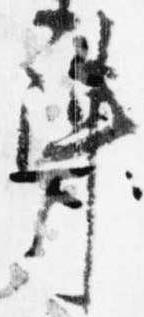
陣